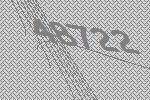
48722